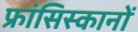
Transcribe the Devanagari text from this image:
फ्रांसिस्कानों